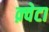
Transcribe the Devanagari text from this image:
क़्वेटा